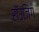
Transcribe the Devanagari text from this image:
रॉउजिंग